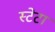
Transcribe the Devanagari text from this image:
स्टेटा